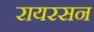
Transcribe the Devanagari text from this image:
रायरसन